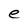
Character: e